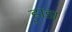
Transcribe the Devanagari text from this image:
र्‍हाडा